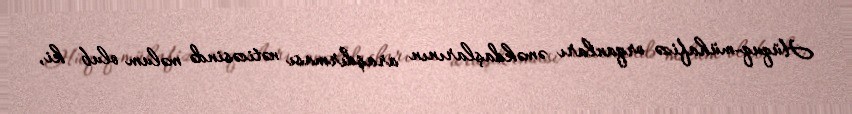
Hüquq-mühafizə orqanları əməkdaşlarının araşdırması nəticəsində məlum olub ki,